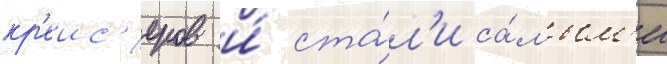
кр'еис'еров и́ ста́л'и са́мым'и